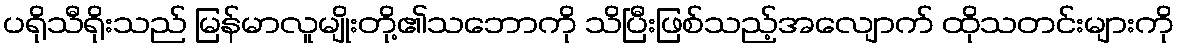
ပရိုသီရိုးသည် မြန်မာလူမျိုးတို့၏သဘောကို သိပြီးဖြစ်သည့်အလျောက် ထိုသတင်းများကို